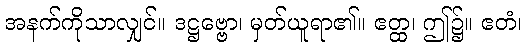
အနက်ကိုသာလျှင်။ ဒဋ္ဌဗ္ဗော၊ မှတ်ယူရာ၏။ ဧတ္ထ၊ ဤ၌။ ဧတံ၊